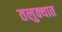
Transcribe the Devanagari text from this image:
तलुक्यात